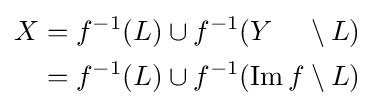
{\begin{alignedat}{4}X&=f^{-1}(L)\cup f^{-1}(Y&&\setminus L)\\&=f^{-1}(L)\cup f^{-1}(\operatorname {Im} f&&\setminus L)\end{alignedat}}